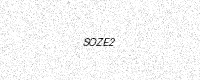
Text: SOZE2